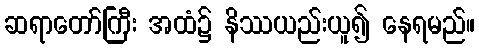
ဆရာတော်ကြီး အထံ၌ နိဿယည်းယူ၍ နေရမည်။